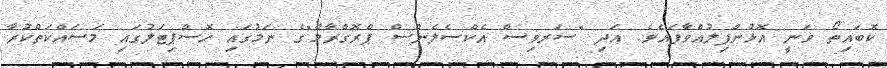
ކޮބައިތޯ ވަނީ އޮޅުންފިލުއްވާފައެވެ. އަދި "ސަރވިސް އެކްސެލެންސް ޕްރޮގްރާމް"ގެ ނަމުގައި ހޮސްޕިޓަލުގައި މަސައްކަތްކުރާ